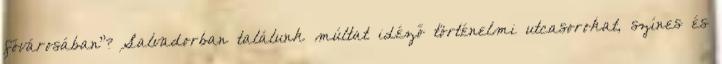
fővárosában"? Salvadorban találunk múltat idéző történelmi utcasorokat, színes és